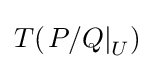
T(\left.P/Q\right|_{U})